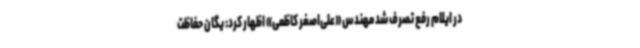
در ایلام رفع تصرف شد مهندس «علی‌اصغر کاظمی» اظهار کرد: یگان حفاظت